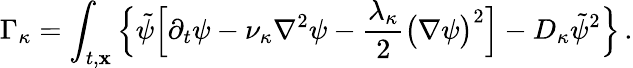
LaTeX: \Gamma_{\kappa}=\int_{t,{\mathbf x}}\Big\{ \tilde{\psi}\Big[\partial_{t}\psi-\nu_{\kappa}\nabla^{2}\psi-\frac{\lambda_{\kappa}}{2}\big({\mathbf\nabla}\psi\big)^{2}\Big]-D_{\kappa}\tilde{\psi}^{2}\Big\} \, .